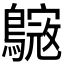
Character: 𪄺